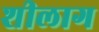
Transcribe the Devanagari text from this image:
शीलाग